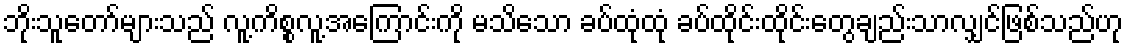
ဘိုးသူတော်များသည် လူ့ကိစ္စလူ့အကြောင်းကို မသိသော ခပ်ထုံထုံ ခပ်ထိုင်းထိုင်းတွေချည်းသာလျှင်ဖြစ်သည်ဟု